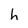
Character: h